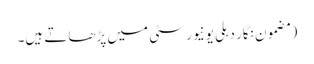
(مضمون نگار دہلی یونیورسٹی میں پڑھاتے ہیں۔